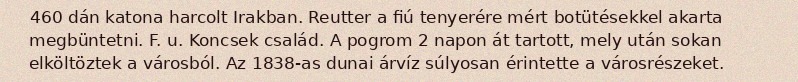
460 dán katona harcolt Irakban. Reutter a fiú tenyerére mért botütésekkel akarta megbüntetni. F. u. Koncsek család. A pogrom 2 napon át tartott, mely után sokan elköltöztek a városból. Az 1838-as dunai árvíz súlyosan érintette a városrészeket.